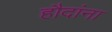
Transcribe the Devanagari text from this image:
हौदांना